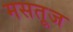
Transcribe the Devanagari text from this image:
मसतूज